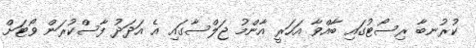
ކުރުނބާ ރިސޯޓުގައި ބާއްވާ އަހަރީ އާންމު ޖަލްސާގައި އެ އަދަދު ފާސްކުރަން ވޯޓަށް